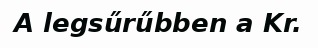
A legsűrűbben a Kr.